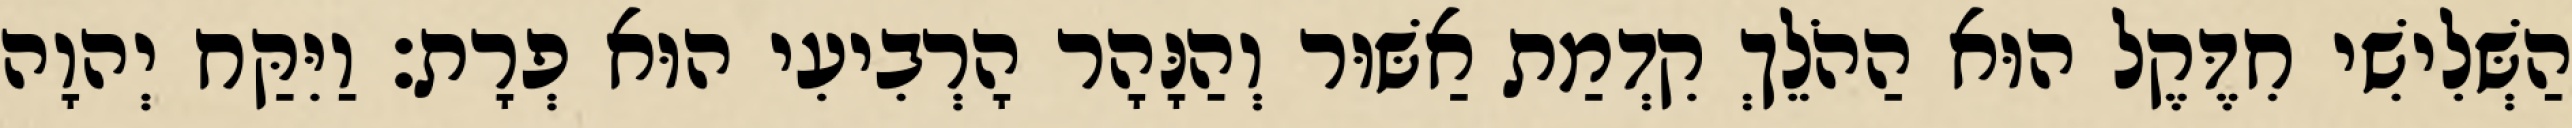
הַשְּׁלִישִׁי חִדֶּקֶל הוּא הַהֹלֵךְ קִדְמַת אַשּׁוּר וְהַנָּהָר הָרְבִיעִי הוּא פְרָת׃ וַיִּקַּח יְהוָה